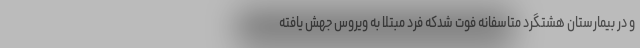
و در بیمارستان هشتگرد متاسفانه فوت شدکه فرد مبتلا به ویروس جهش یافته